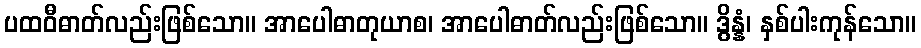
ပထဝီဓာတ်လည်းဖြစ်သော။ အာပေါဓာတုယာစ၊ အာပေါဓာတ်လည်းဖြစ်သော။ ဒွိန္နံ၊ နှစ်ပါးကုန်သော။